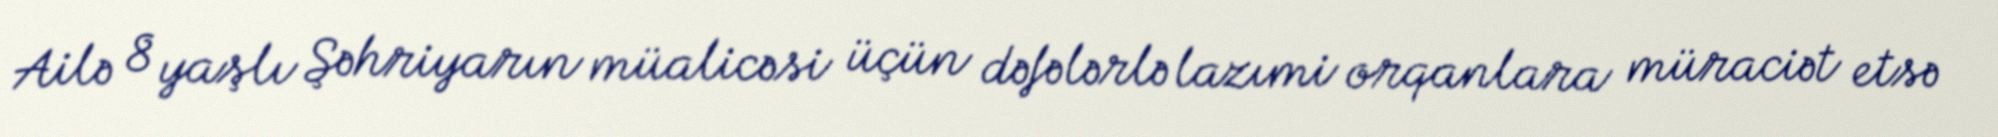
Ailə 8 yaşlı Şəhriyarın müalicəsi üçün dəfələrlə lazımi orqanlara müraciət etsə